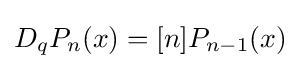
D_{q}P_{n}(x)=[n]P_{n-1}(x)